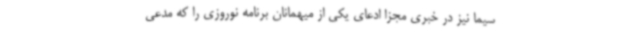
سیما نیز در خبری مجزا ادعای یکی از میهمانان برنامه نوروزی را که مدعی